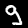
Digit: 9